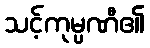
သင့်ကုမ္ပဏီ၏